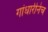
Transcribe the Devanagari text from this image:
गांधारीनेच